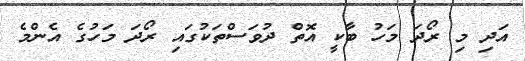
އަދި މި ރޯދަ މަހު ބާކީ އޮތް ދުވަސްތަކުގައި ރޯދަ މަހުގެ އެންމެ